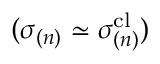
( \boldsymbol { \sigma } _ { ( n ) } \simeq \boldsymbol { \sigma } _ { ( n ) } ^ { \mathrm { c l } } )